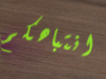
انتباهكم